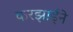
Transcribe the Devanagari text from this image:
करझाईंने